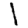
Digit: 1